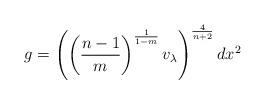
LaTeX: \begin{align*}g=\left(\left(\frac{n-1}{m}\right)^{\frac{1}{1-m}}v_{\lambda}\right)^{\frac{4}{n+2}}dx^2\end{align*}